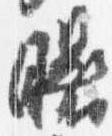
曙